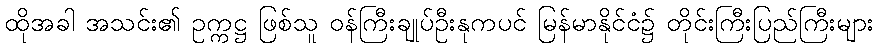
ထိုအခါ အသင်း၏ ဥက္ကဋ္ဌ ဖြစ်သူ ဝန်ကြီးချုပ်ဦးနုကပင် မြန်မာနိုင်ငံ၌ တိုင်းကြီးပြည်ကြီးများ